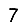
Digit: 7